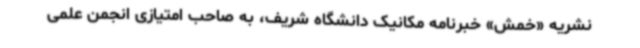
نشریه «خمش» خبرنامه مکانیک دانشگاه شریف، به صاحب امتیازی انجمن علمی